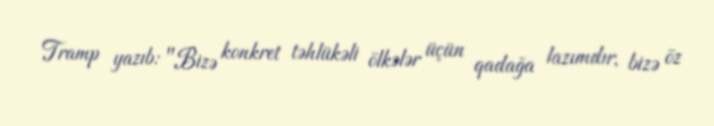
Tramp yazıb: "Bizə konkret təhlükəli ölkələr üçün qadağa lazımdır, bizə öz